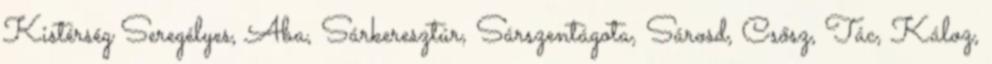
Kistérség Seregélyes, Aba, Sárkeresztúr, Sárszentágota, Sárosd, Csősz, Tác, Káloz,